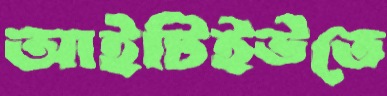
আইটিইউতে